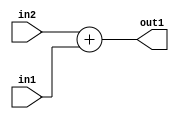
`timescale 1ps / 1ps
/*****************************************************************************
    Verilog RTL Description
    
    
    Created by: Stratus DpOpt 21.05.01 
*******************************************************************************/

module Filter_Add_5Ux3U_5U_4 (
	in2,
	in1,
	out1
	); /* architecture "behavioural" */ 
input [4:0] in2;
input [2:0] in1;
output [4:0] out1;
wire [4:0] asc001;

assign asc001 = 
	+(in2)
	+(in1);

assign out1 = asc001;
endmodule

/* CADENCE  urnzSwo= : u9/ySxbfrwZIxEzHVQQV8Q== ** DO NOT EDIT THIS LINE ******/